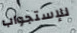
للإستجواب